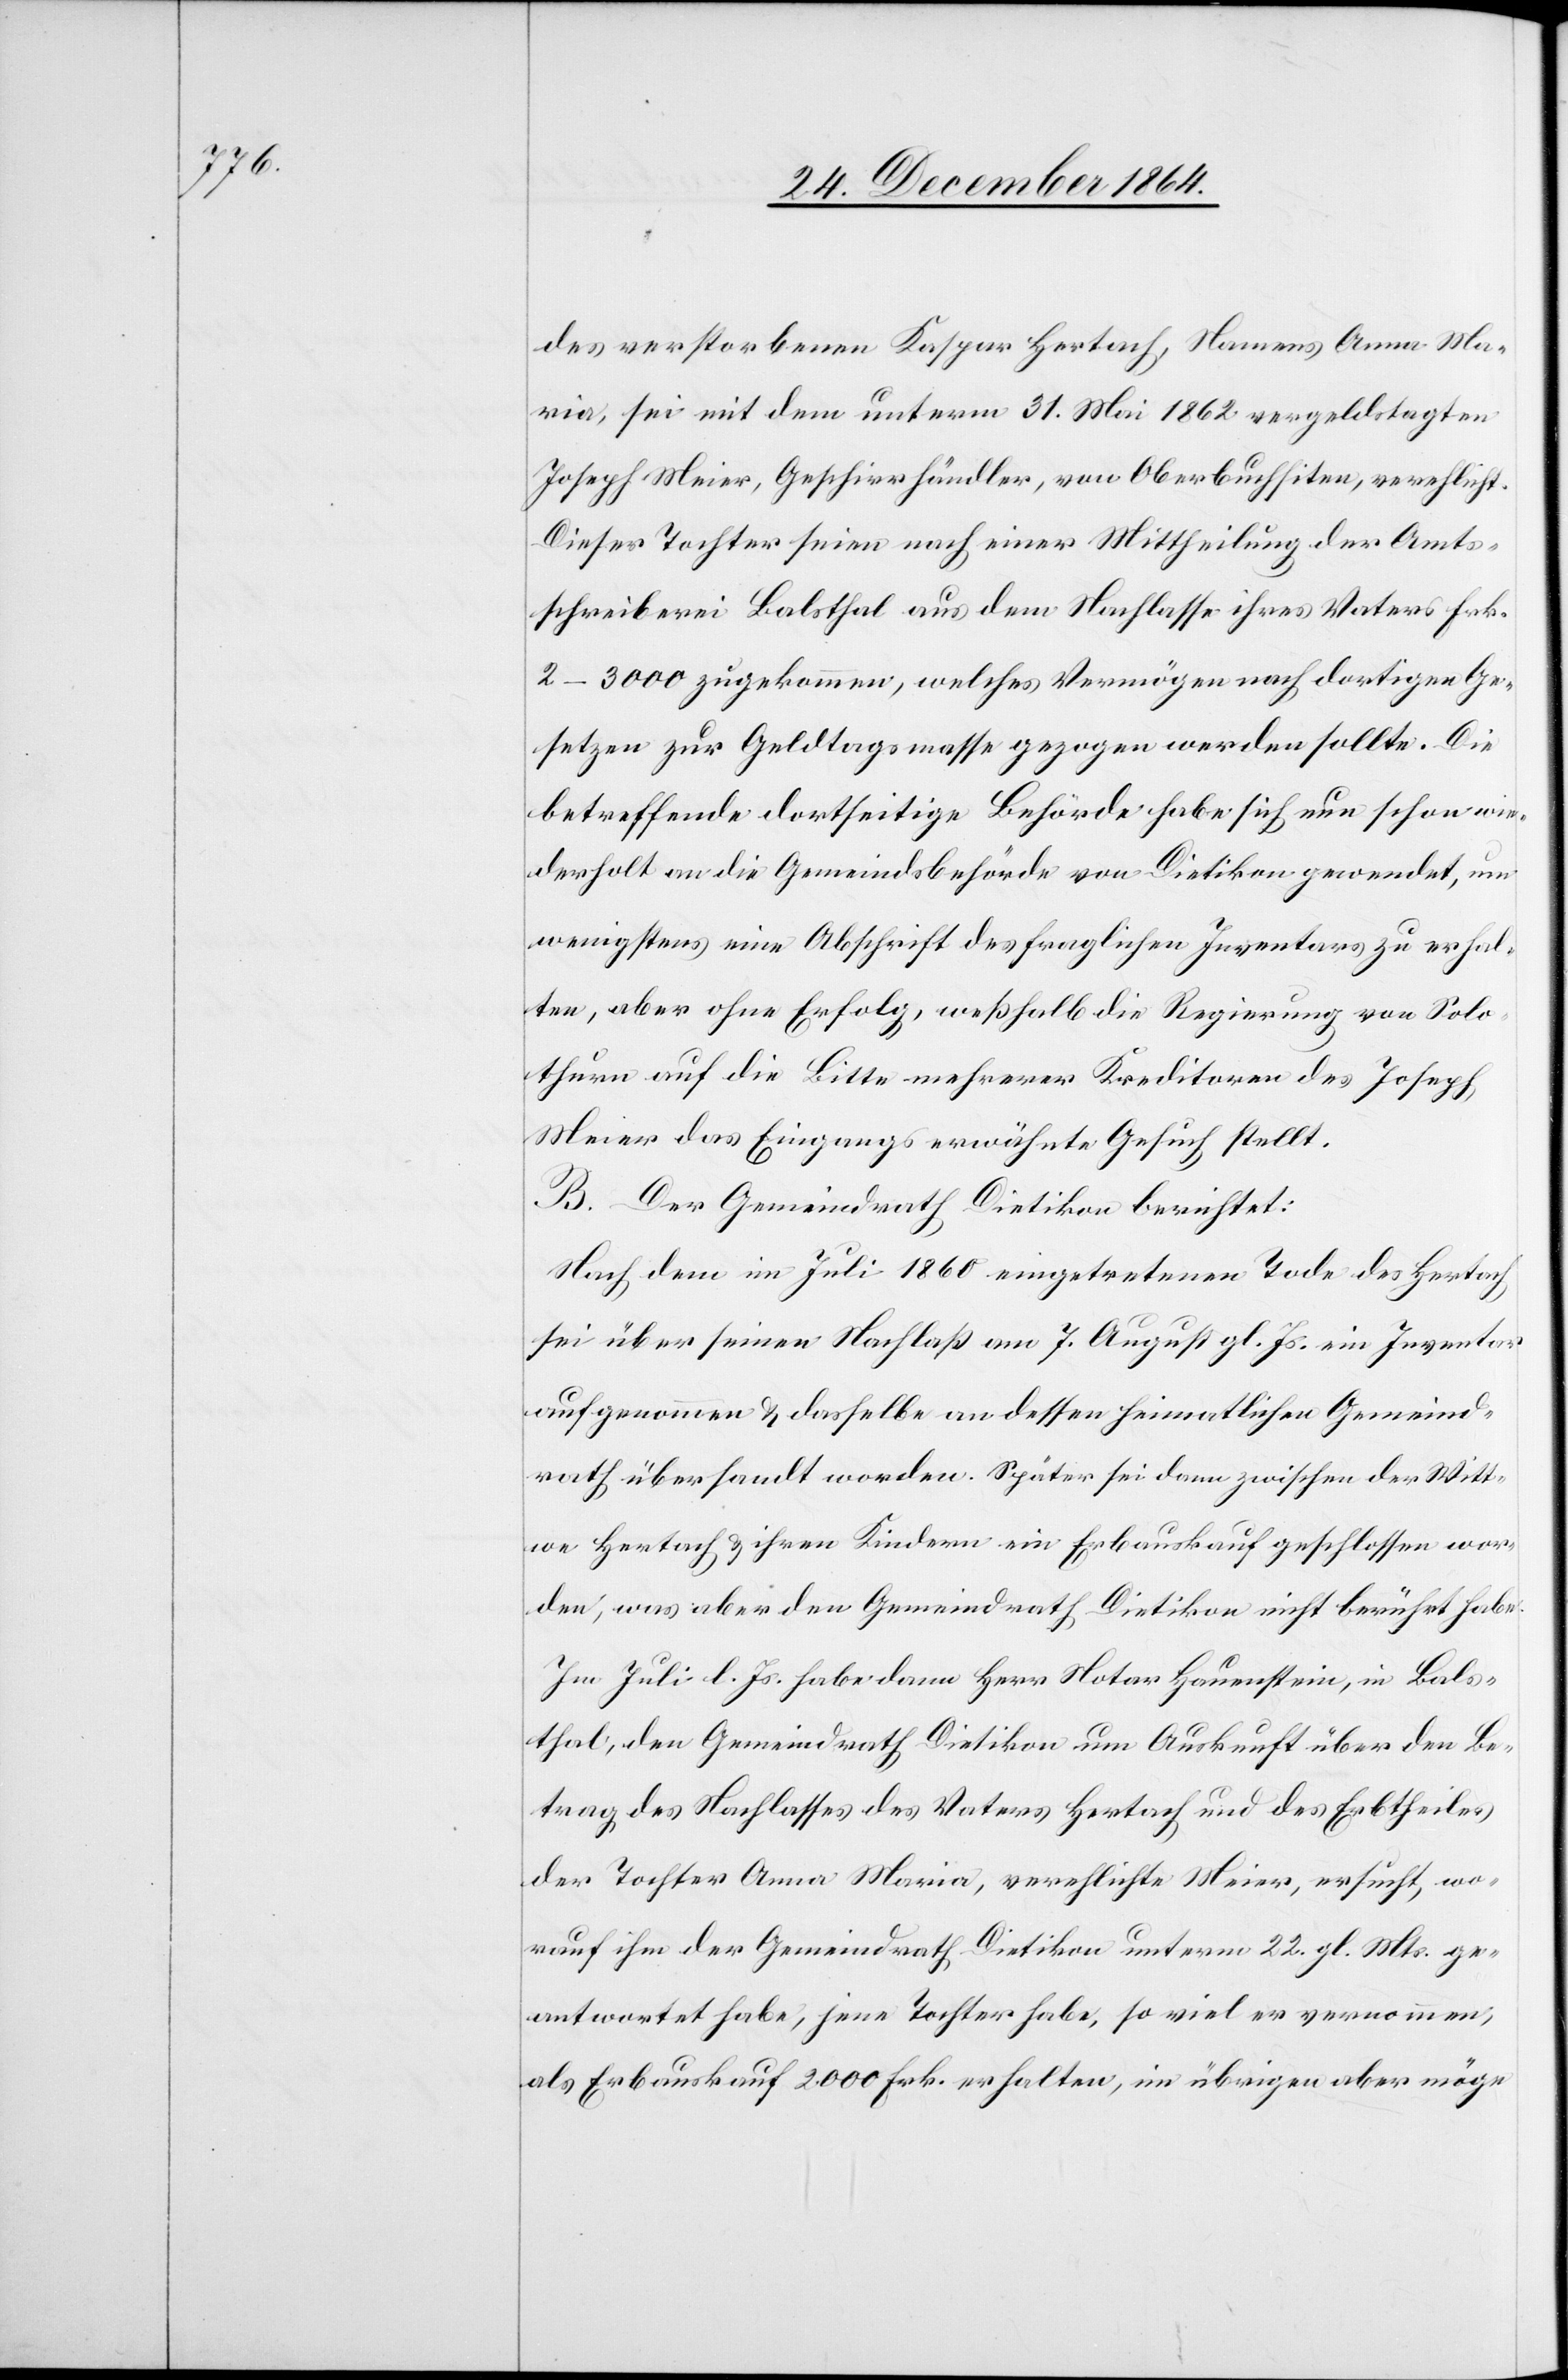
des verstorbenen Kaspar Hertach, Namens Anna Ma¬
ria, sei mit dem unterm 31. Mai 1862 vergeldstagten
Joseph Meier, Geschirrhändler, von Oberbuchsiten, verehelicht.
Dieser Tochter seien nach einer Mittheilung der Amts¬
schreiberei Balsthal aus dem Nachlasse ihres Vaters Frk.
2–3000 zugekommen, welches Vermögen nach dortigen Ge¬
setzen zur Geldtagsmasse gezogen werden sollte. Die
betreffende dortseitige Behörde habe sich nun schon wie¬
derholt an die Gemeindsbehörde von Dietikon gewendet, um
wenigstens eine Abschrift des fraglichen Inventars zu erhal¬
ten, aber ohne Erfolg, weshalb die Regierung von Solo¬
thurn auf die Bitte mehrerer Kreditoren des Joseph
Meier das Eingangs erwähnte Gesuch stellt.
B. Der Gemeindrath Dietikon berichtet:
Nach dem im Juli 1860 eingetretenen Tode des Hertach
sei über seinen Nachlaß am 7. August gl. Js. ein Inventar
aufgenommen & dasselbe an dessen heimatlichen Gemeind¬
rath übersandt worden. Später sei dann zwischen der Witt¬
we Hertach & ihren Kindern ein Erbauskauf geschlossen wor¬
den, was aber den Gemeindrath Dietikon nicht berührt habe.
Im Juli l. Js. habe dann Herrn Notar Hauenstein, in Bals¬
thal, den Gemeindrath Dietikon um Auskunft über den Be¬
trag des Nachlasses des Vaters Hertach und des Erbtheiles
der Tochter Anna Maria, verehelichte Meier, ersucht, wo¬
rauf ihn der Gemeindrath Dietikon unterm 22. gl. Mts. ge¬
antwortet habe, jene Tochter habe, so viel er vernommen,
als Erbauskauf 2000 Frk. erhalten, im übrigen aber möge